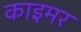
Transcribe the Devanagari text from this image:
काइमर